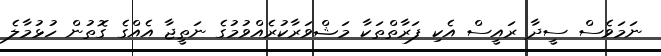
ނަމަވެސް ސީދާ ރައީސް އެކި ފަރާތްތަކާ މަޝްވަރާކުރެއްވުމުގެ ނަތީޖާ އެއްގެ ގޮތުން ހުޅުމާލެ